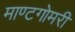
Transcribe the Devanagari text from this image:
माण्टगोमरी